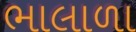
ભાલાળા